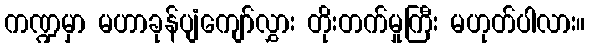
ကဏ္ဍမှာ မဟာခုန်ပျံကျော်လွှား တိုးတက်မှုကြီး မဟုတ်ပါလား။